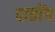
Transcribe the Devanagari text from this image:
दातोंग